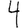
Digit: 4